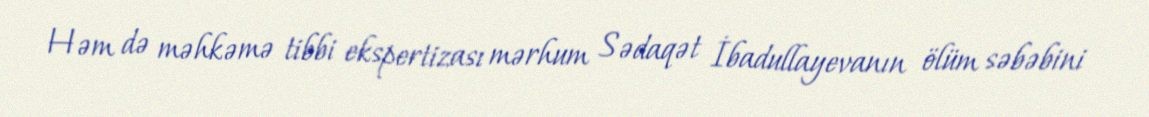
Həm də məhkəmə tibbi ekspertizası mərhum Sədaqət İbadullayevanın ölüm səbəbini